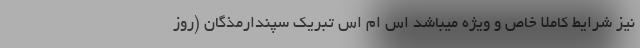
نیز شرایط کاملا خاص و ویژه میباشد اس ام اس تبریک سپندارمذگان (روز